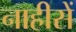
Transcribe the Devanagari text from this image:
नाहीसें